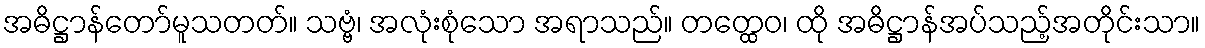
အဓိဋ္ဌာန်တော်မူသတတ်။ သဗ္ဗံ၊ အလုံးစုံသော အရာသည်။ တတ္ထေဝ၊ ထို အဓိဋ္ဌာန်အပ်သည့်အတိုင်းသာ။